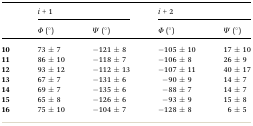
<table><thead><tr><td rowspan="2"><b> </b></td><td colspan="2"><b><i>i</i> + 1</b></td><td colspan="2"><b><i>i</i> + 2</b></td></tr><tr><td><b><i>Φ</i> (°)</b></td><td><b><i>Ψ</i> (°)</b></td><td><b><i>Φ</i> (°)</b></td><td><b><i>Ψ</i> (°)</b></td></tr></thead><tbody><tr><td><b>10</b></td><td>73 ± 7</td><td>–121 ± 8</td><td>–105 ± 10</td><td>17 ± 10</td></tr><tr><td><b>11</b></td><td>86 ± 10</td><td>–118 ± 7</td><td>–106 ± 8</td><td>26 ± 9</td></tr><tr><td><b>12</b></td><td>93 ± 12</td><td>–112 ± 13</td><td>–107 ± 11</td><td>40 ± 17</td></tr><tr><td><b>13</b></td><td>67 ± 7</td><td>–131 ± 6</td><td>–90 ± 9</td><td>14 ± 7</td></tr><tr><td><b>14</b></td><td>69 ± 7</td><td>–135 ± 6</td><td>–88 ± 7</td><td>14 ± 7</td></tr><tr><td><b>15</b></td><td>65 ± 8</td><td>–126 ± 6</td><td>–93 ± 9</td><td>15 ± 8</td></tr><tr><td><b>16</b></td><td>75 ± 10</td><td>–104 ± 7</td><td>–128 ± 8</td><td>6 ± 5</td></tr></tbody></table>